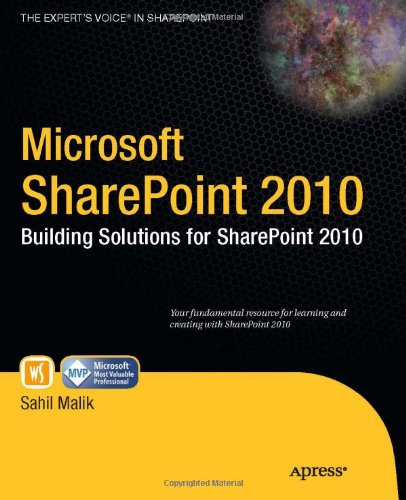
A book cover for Microsoft SharePoint 2010: Building Solutions for SharePoint 2010 (Books for Professionals by Professionals); Sahil Malik; Computers & Technology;